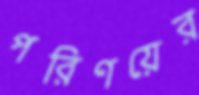
পরিণয়ের